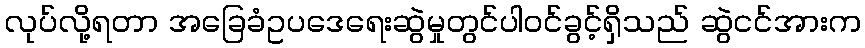
လုပ်လို့ရတာ အခြေခံဥပဒေရေးဆွဲမှုတွင်ပါဝင်ခွင့်ရှိသည် ဆွဲငင်အားက